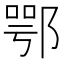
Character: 鄂